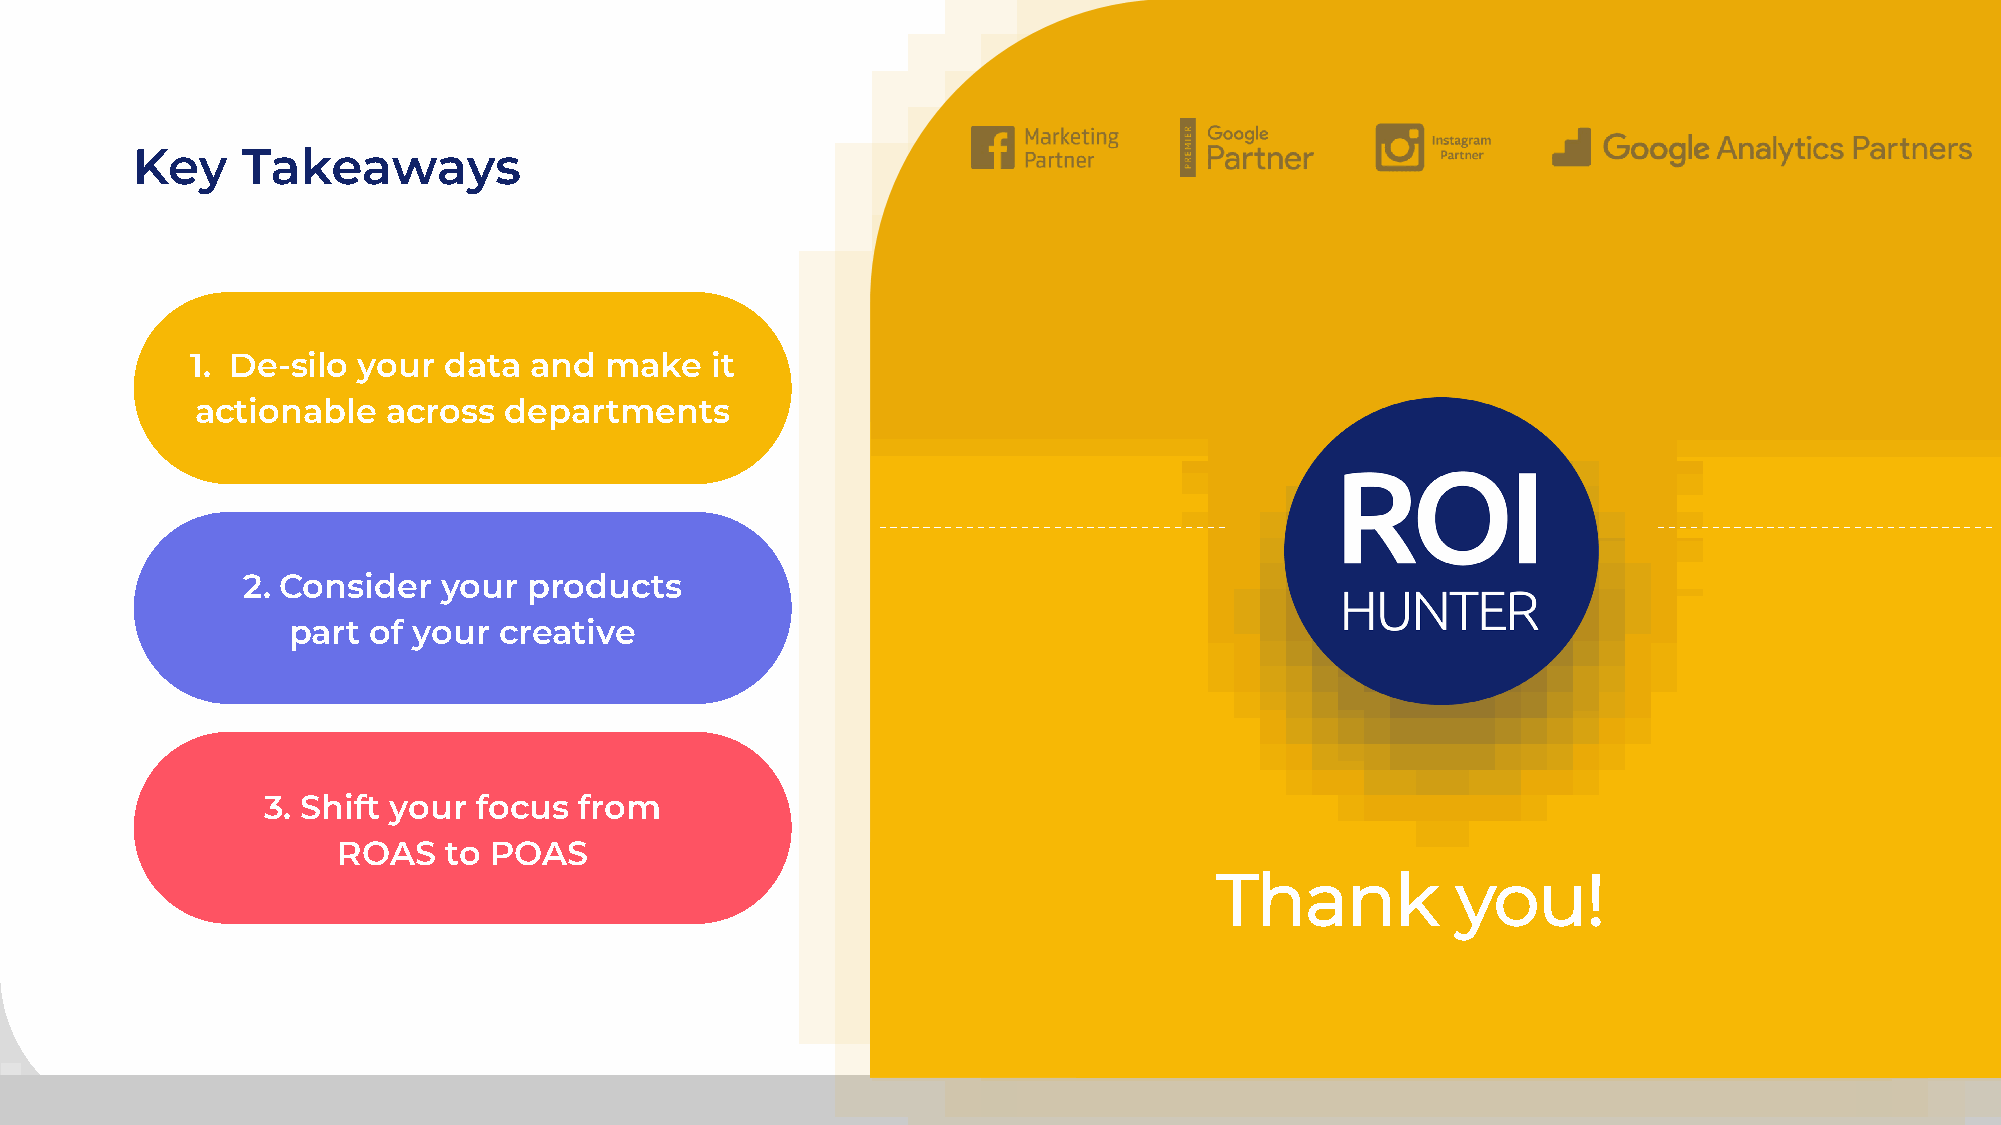
INFORMATION    SLIDE
 Key    Takeaways
 1. De-silo your data  and  make   it
 actionable   across departments
 2. Consider  your  products
 part of your  creative
 3. Shift your  focus from
 ROAS   to POAS
 Thank           you!